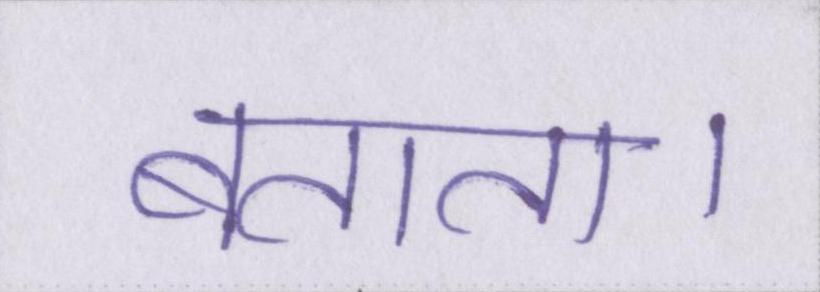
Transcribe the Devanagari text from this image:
बताता।